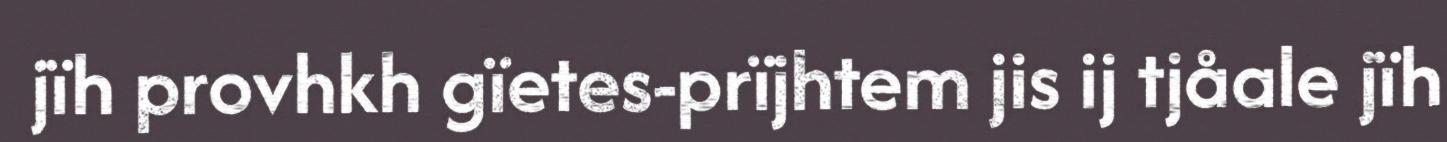
jïh provhkh gïetes-prïjhtem jis ij tjåale jïh